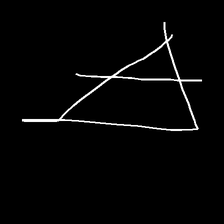
Glyph: empower